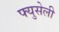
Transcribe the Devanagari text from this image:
फ्युसेली